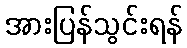
အားပြန်သွင်းရန်